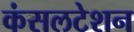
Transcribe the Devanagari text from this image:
कंसलटेशन